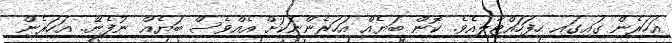
އަހަރެން ގައިގައި ހިފަހައްޓާލިއެވެ. ކޮން ބަޔެއް އަހަރެންނަކަށް އެއްވެސް ބަޔެއް ނުފެނޭ.. އަހަރެން